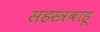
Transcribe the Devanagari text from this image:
सहस्त्रबाहू